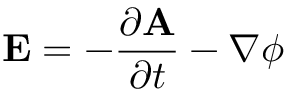
\mathbf { E } = - { \frac { \partial \mathbf { A } } { \partial t } } - \nabla \phi